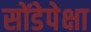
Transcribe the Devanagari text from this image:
सोंडेपेक्षा